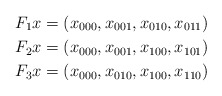
\begin{align*}F_1x &= (x_{000},x_{001},x_{010},x_{011}) \\F_2x &= (x_{000},x_{001},x_{100},x_{101}) \\F_3x &= (x_{000},x_{010},x_{100},x_{110})\end{align*}